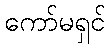
ကော်မရှင်